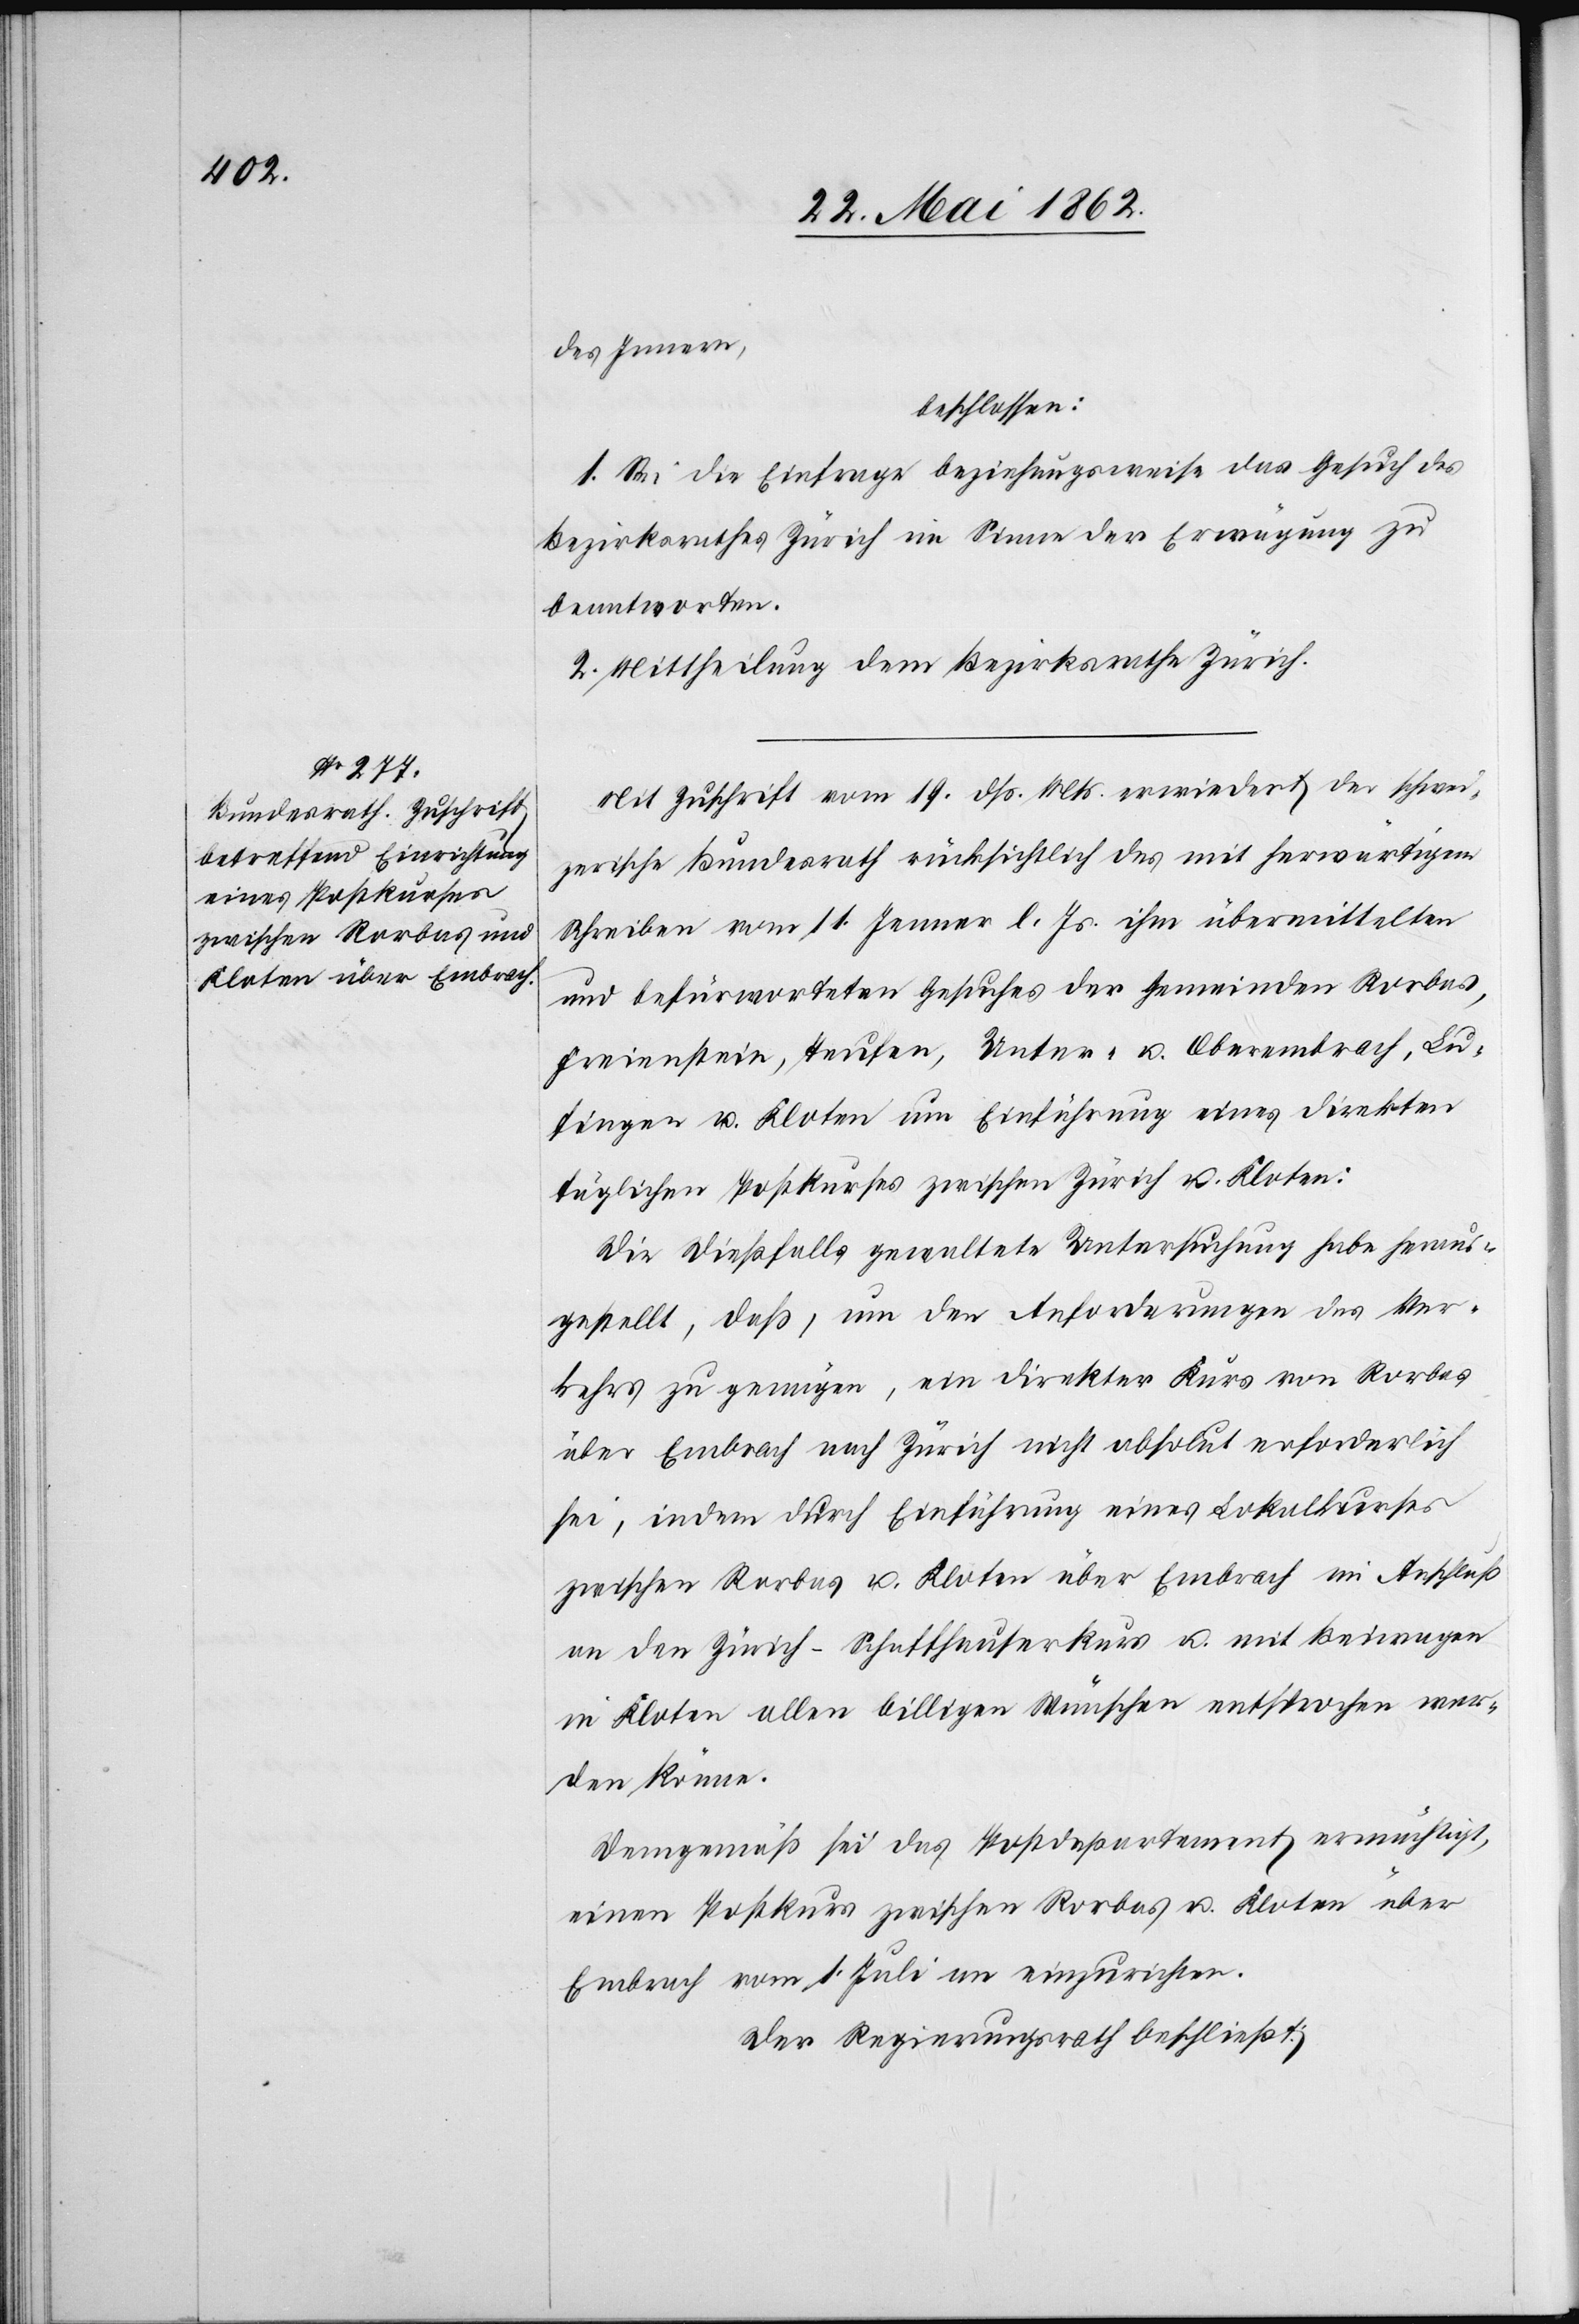
des Innern,
beschlossen:
1. Sei die Einfrage beziehungsweise das Gesuch des
Bezirksrathes Zürich im Sinne der Erwägung zu
beantworten.
2. Mittheilung dem Bezirksrathe Zürich.
Mit Zuschrift vom 19. dß. Mts. erwiedert der schwei¬
zerische Bundesrath rücksichtlich des mit herwärtigem
Schreiben vom 11. Jenner l. Js. ihm übermittelten
und befürworteten Gesuches der Gemeinden Rorbas,
Freienstein, Teufen, Unter- u. Oberembrach, Lu¬
fingen u. Kloten um Einführung eines direkten
täglichen Postkurses zwischen Zürich u. Kloten.
Die dießfalls gewaltete Untersuchung habe heraus¬
gestellt, daß, um den Anforderungen des Ver¬
kehrs zu genügen, ein direkter Kurs von Rorbas
über Embrach nach Zürich nicht absolut erforderlich
sei, indem durch Einführung eines Lokalkurses
zwischen Rorbas u. Kloten über Embrach im Anschluß
an den Zürich-Schaffhauserkurs u. mit Beiwagen
in Kloten allen billigen Wünschen entsprochen wer¬
den könne.
Demgemäß sei das Postdepartement ermächtigt,
einen Postkurs zwischen Rorbas u. Kloten über
Embrach vom 1. Juli an einzurichten.
Der Regierungsrath beschließt: